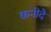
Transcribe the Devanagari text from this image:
कनीदै